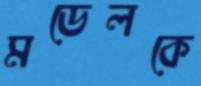
মডেলকে